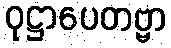
ဝုဋ္ဌာပေတဗ္ဗာ